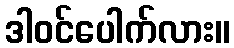
ဒါဝင်ပေါက်လား။